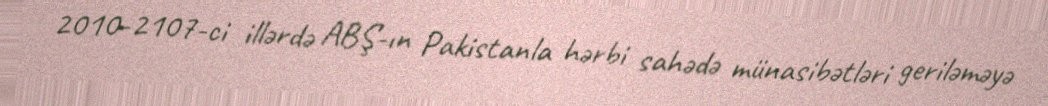
2010-2107-ci illərdə ABŞ-ın Pakistanla hərbi sahədə münasibətləri geriləməyə